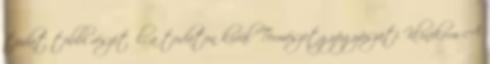
tudat többi részétől, a tudaton kívül Természetgyógyászati Klinikum A